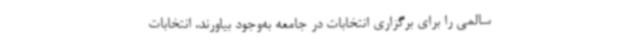
سالمی را برای برگزاری انتخابات در جامعه به‌وجود بیاورند، انتخابات